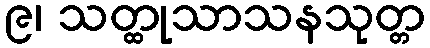
၉၊ သတ္ထုသာသနသုတ္တ